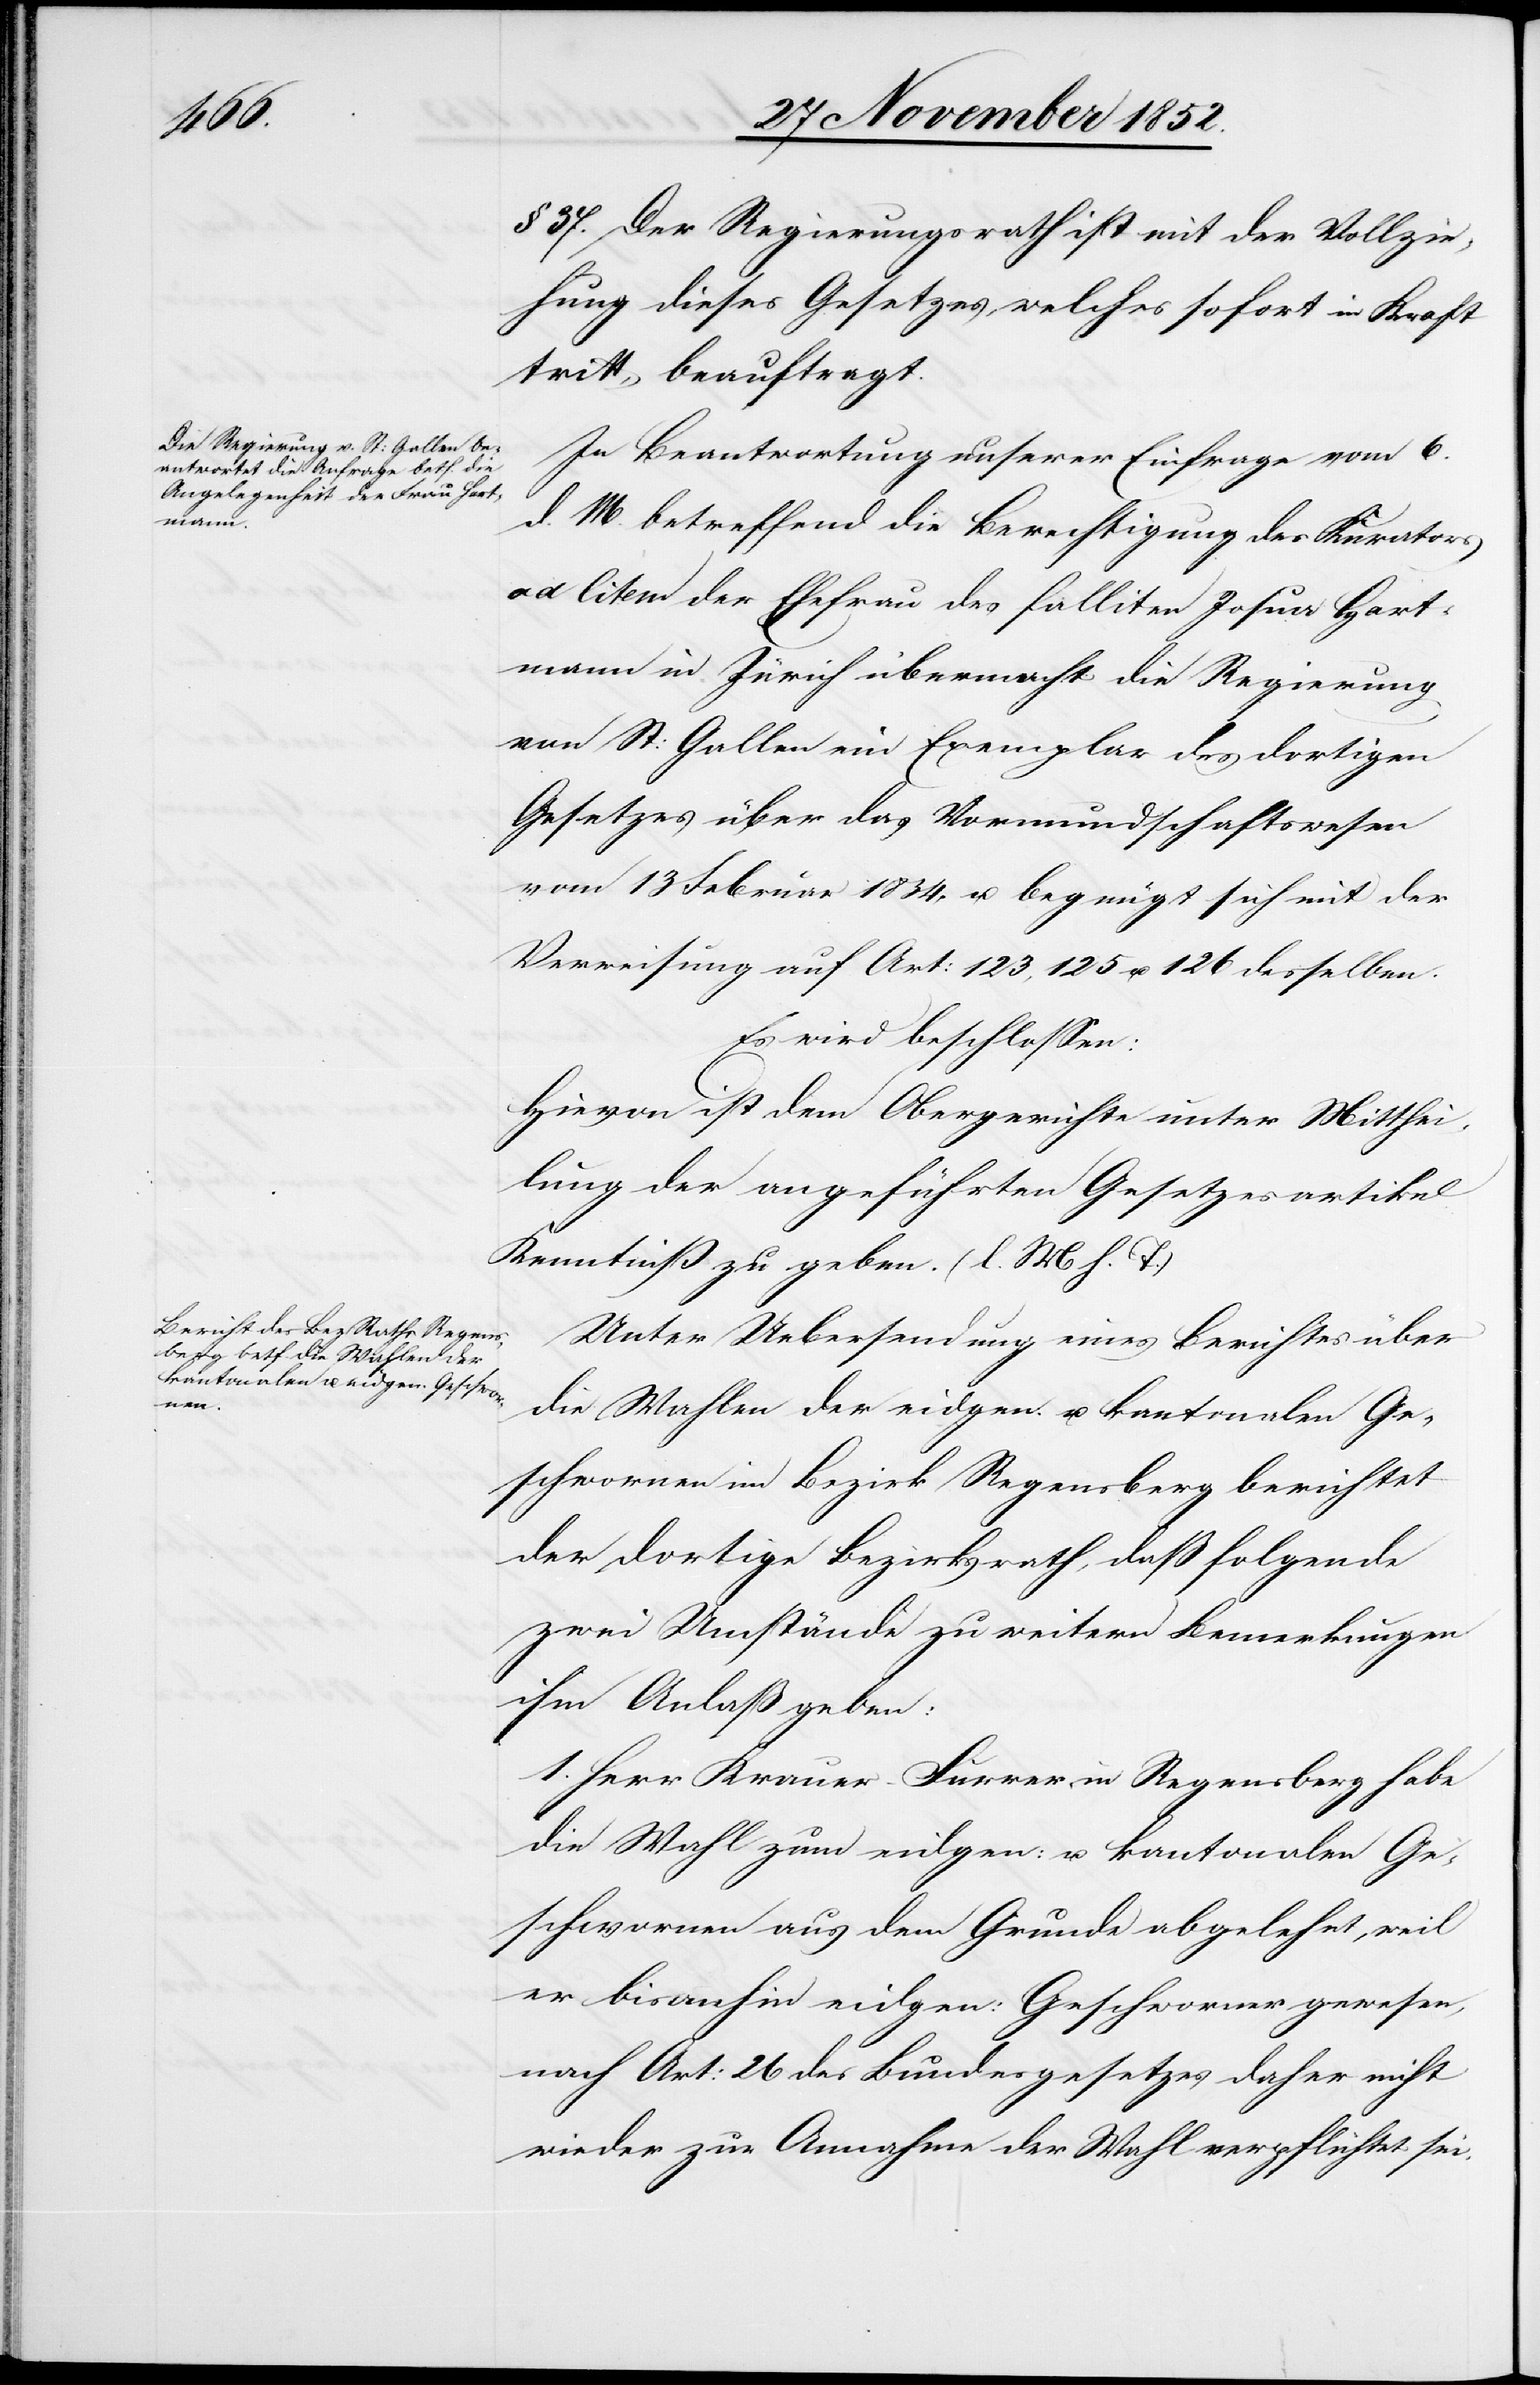
§ 37. Der Regierungsrath ist mit der Vollzie¬
hung dieses Gesetzes welches sofort in Kraft
tritt, beauftragt.
In Beantwortung unserer Einfrage vom 6.
d. M. betreffend die Berechtigung des Kurators
ad litem der Ehefrau des falliten Josua Hart¬
mann in Zürich übermacht die Regierung
von St: Gallen ein Exemplar des dortigen
Gesetzes über das Vormundschaftswesen
vom 13 Februar 1834, u. begnügt sich mit der
Verweisung auf Art: 123, 125 u. 126 desselben.
Es wird beschlossen:
Hievon ist dem Obergerichte unter Mitthei¬
lung der angeführten Gesetzesartikel
Kenntniß zu geben. (l. M h. T.)
Unter Uebersendung eines Berichtes über
die Wahlen der eidgen. u. kantonalen Ge¬
schwornen im Bezirk Regensberg berichtet
der dortige Bezirksrath, daß folgende
zwei Umstände zu weitern Bemerkungen
ihm Anlaß geben:
1. Herr Krauer-Furrer in Regensberg habe
die Wahl zum eidgen: u. kantonalen Ge¬
schwornen aus dem Grunde abgelehnt, weil
er bisanhin eidgen: Geschworner gewesen,
nach Art: 26 des Bundesgesetzes daher nicht
wieder zur Annahme der Wahl verpflichtet sei.